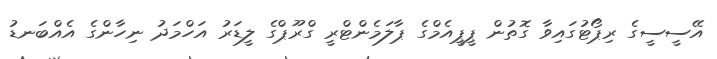
އޭސީސީގެ ރިޕޯޓުގައިވާ ގޮތުން ޕީޕީއެމްގެ ޕާލަމެންޓްރީ ގްރޫޕްގެ ލީޑަރު އަހްމަދު ނިހާންގެ އެއްބަނޑު